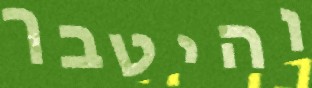
והיטבך